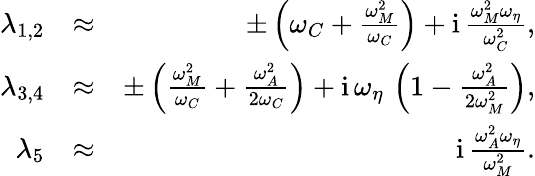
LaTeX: \begin{array}{rlr}{\lambda_{1,2}}&{\approx}&{\pm\left(\omega_{C}+\frac{\omega_{M}^{2}}{\omega_{C}}\right)+\mathrm{i}\, \frac{\omega_{M}^{2}\omega_{\eta}}{\omega_{C}^{2}},}\\ {\lambda_{3,4}}&{\approx}&{\pm\left(\frac{\omega_{M}^{2}}{\omega_{C}}+\frac{\omega_{A}^{2}}{2\omega_{C}}\right)+\mathrm{i}\, \omega_{\eta}\, \left(1-\frac{\omega_{A}^{2}}{2\omega_{M}^{2}}\right),}\\ {\lambda_{5}}&{\approx}&{\mathrm{i}\, \frac{\omega_{A}^{2}\omega_{\eta}}{\omega_{M}^{2}}.}\end{array}